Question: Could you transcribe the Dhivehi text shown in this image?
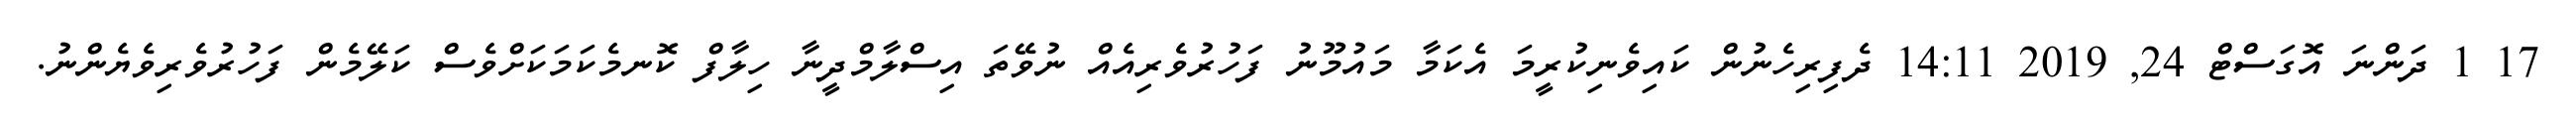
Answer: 17 1 ދަންނަ އޮގަސްޓް 24, 2019 14:11 ދެފިރިހެނުން ކައިވެނިކުރީމަ އެކަމާ މައުމޫނު ފަހުރުވެރިއެއް ނުވޭތަ އިސްލާމްދީނާ ހިލާފް ކޮނމެކަމަކަށްވެސް ކަލޭމެން ފަހުރުވެރިވެޔެންނު.